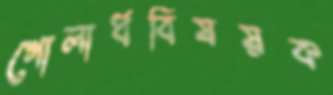
গোলার্ধবিষয়ক